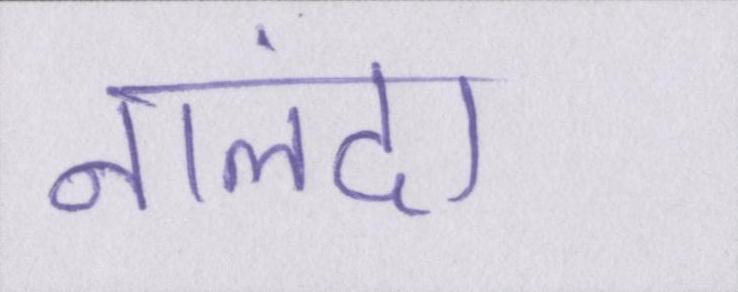
नालंदा